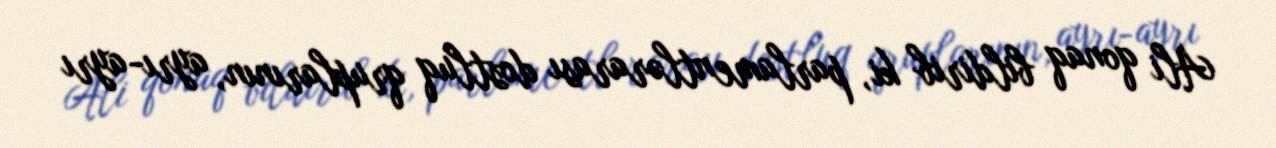
Ali qonaq bildirib ki, parlamentlərarası dostluq qruplarının, ayrı-ayrı